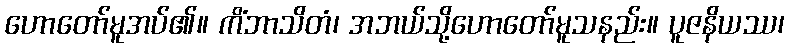
ဟောတော်မူအပ်၏။ ကိံဘာသိတံ၊ အဘယ်သို့ဟောတော်မူသနည်း။ ပူဇနိယဿ၊